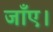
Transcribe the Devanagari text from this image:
जाँए।